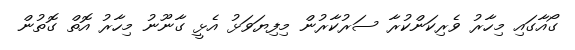
ގޯއާގައި މިހާރު ވެރިކަންކުރާ ސަރުކާރުން މިފިޔަވަޅު އެޅީ ގާނޫނު މިހާރު އޮތް ގޮތުން